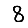
Digit: 8